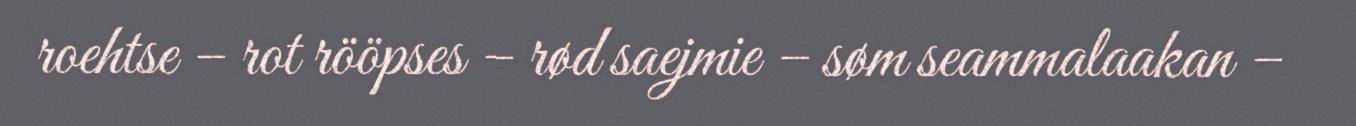
roehtse – rot rööpses – rød saejmie – søm seammalaakan –